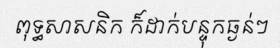
ពុទ្ធសាសនិក ក៏ដាក់បន្ទុកធ្ងន់ៗ